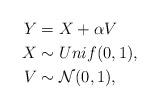
LaTeX: \begin{align*} Y&=X+\alpha V \\ X&\sim Unif(0,1),\\ V&\sim\mathcal{N}(0,1), \end{align*}